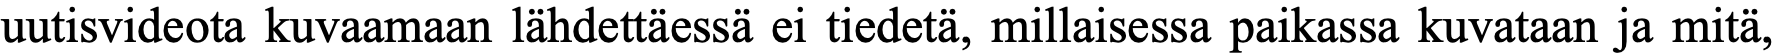
uutisvideota kuvaamaan lähdettäessä ei tiedetä, millaisessa paikassa kuvataan ja mitä,